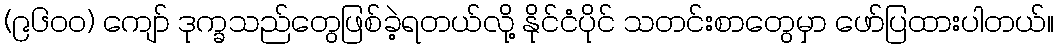
(၉၆၀၀) ကျော် ဒုက္ခသည်တွေဖြစ်ခဲ့ရတယ်လို့ နိုင်ငံပိုင် သတင်းစာတွေမှာ ဖော်ပြထားပါတယ်။